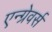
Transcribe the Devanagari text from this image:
एन्ग्रेवर्स